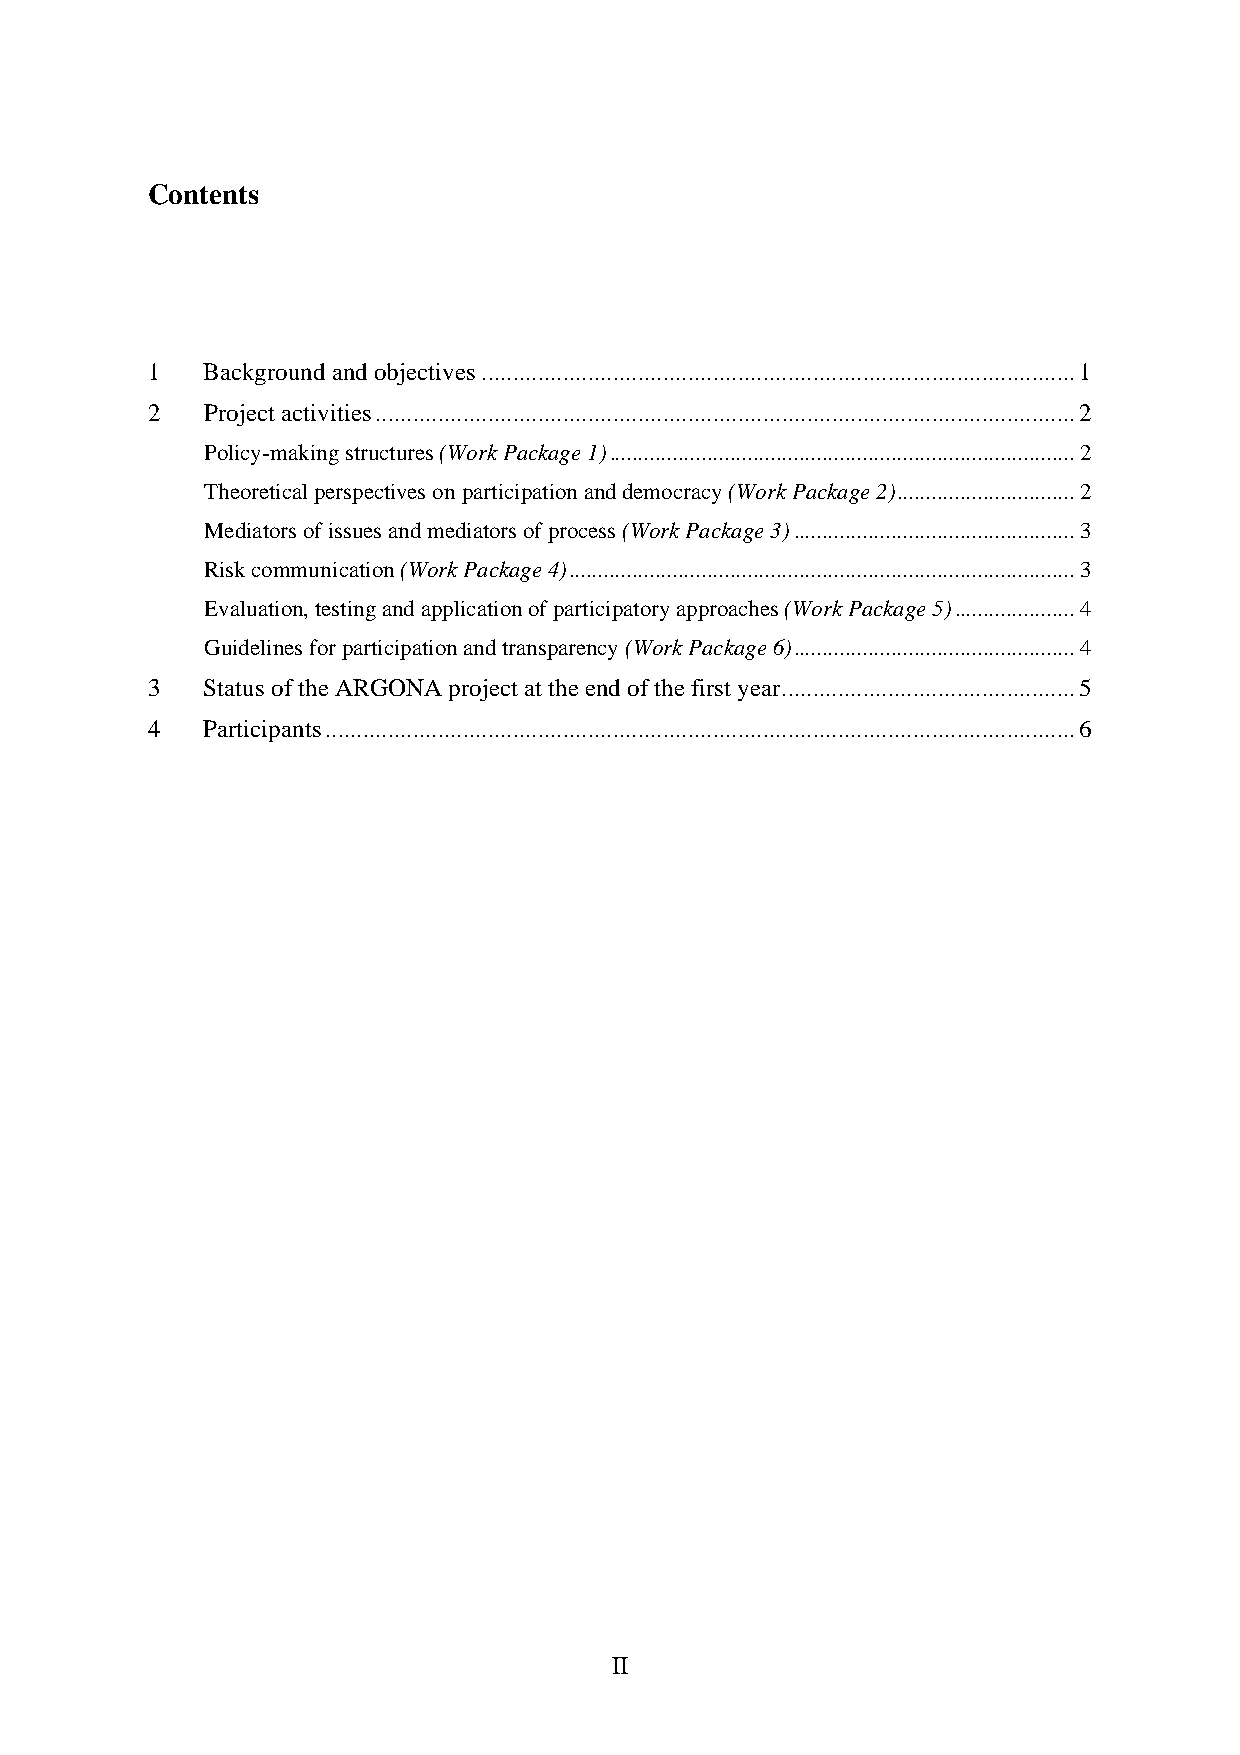
Contents
 1   Background and objectives...............................................................................................1
 2   Project activities................................................................................................................2
 Policy-making structures (Work Package 1).................................................................................2
 Theoretical perspectives on participation and democracy (Work Package 2)...............................2
 Mediators of issues and mediators of process (Work Package 3).................................................3
 Risk communication (Work Package 4)........................................................................................3
 Evaluation, testing and application of participatory approaches (Work Package 5).....................4
 Guidelines for participation and transparency (Work Package 6).................................................4
 3   Status of the ARGONA project at the end of the first year...............................................5
 4   Participants........................................................................................................................6
 II